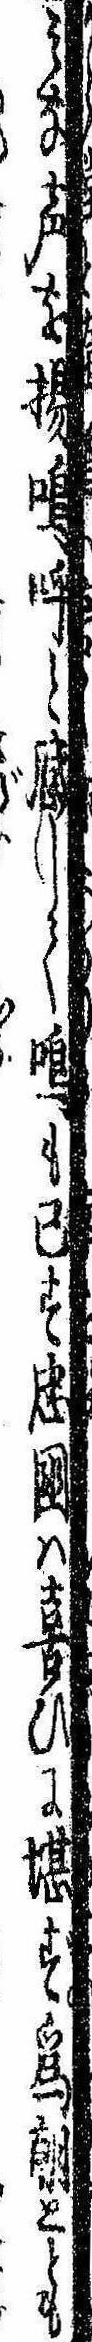
みな声を揚嗚呼と感じて鳴も已ず忠国は喜びに堪ず為朝ととも